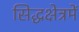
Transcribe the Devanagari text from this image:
सिद्धक्षेत्रमें